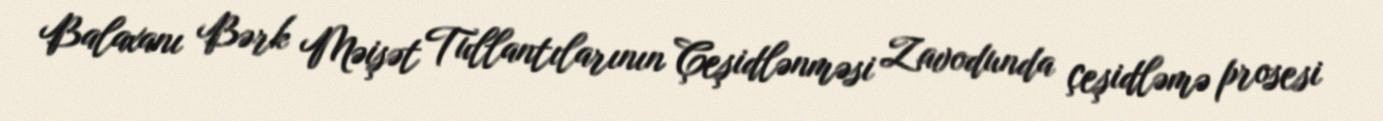
Balaxanı Bərk Məişət Tullantılarının Çeşidlənməsi Zavodunda çeşidləmə prosesi